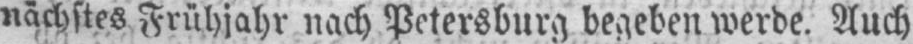
nächstes Frühjahr nach Petersburg begeben werde. Auch